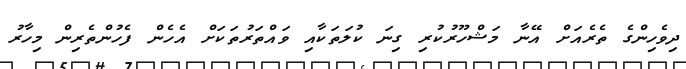
ދިވެހިންގެ ތެރެއަށް އޭނާ މަޝްހޫރުކުރި ގިނަ ކުލަތަކާއި ވައްތަރުތަކަށް އެހެން ފެހުންތެރިން މިހާރު